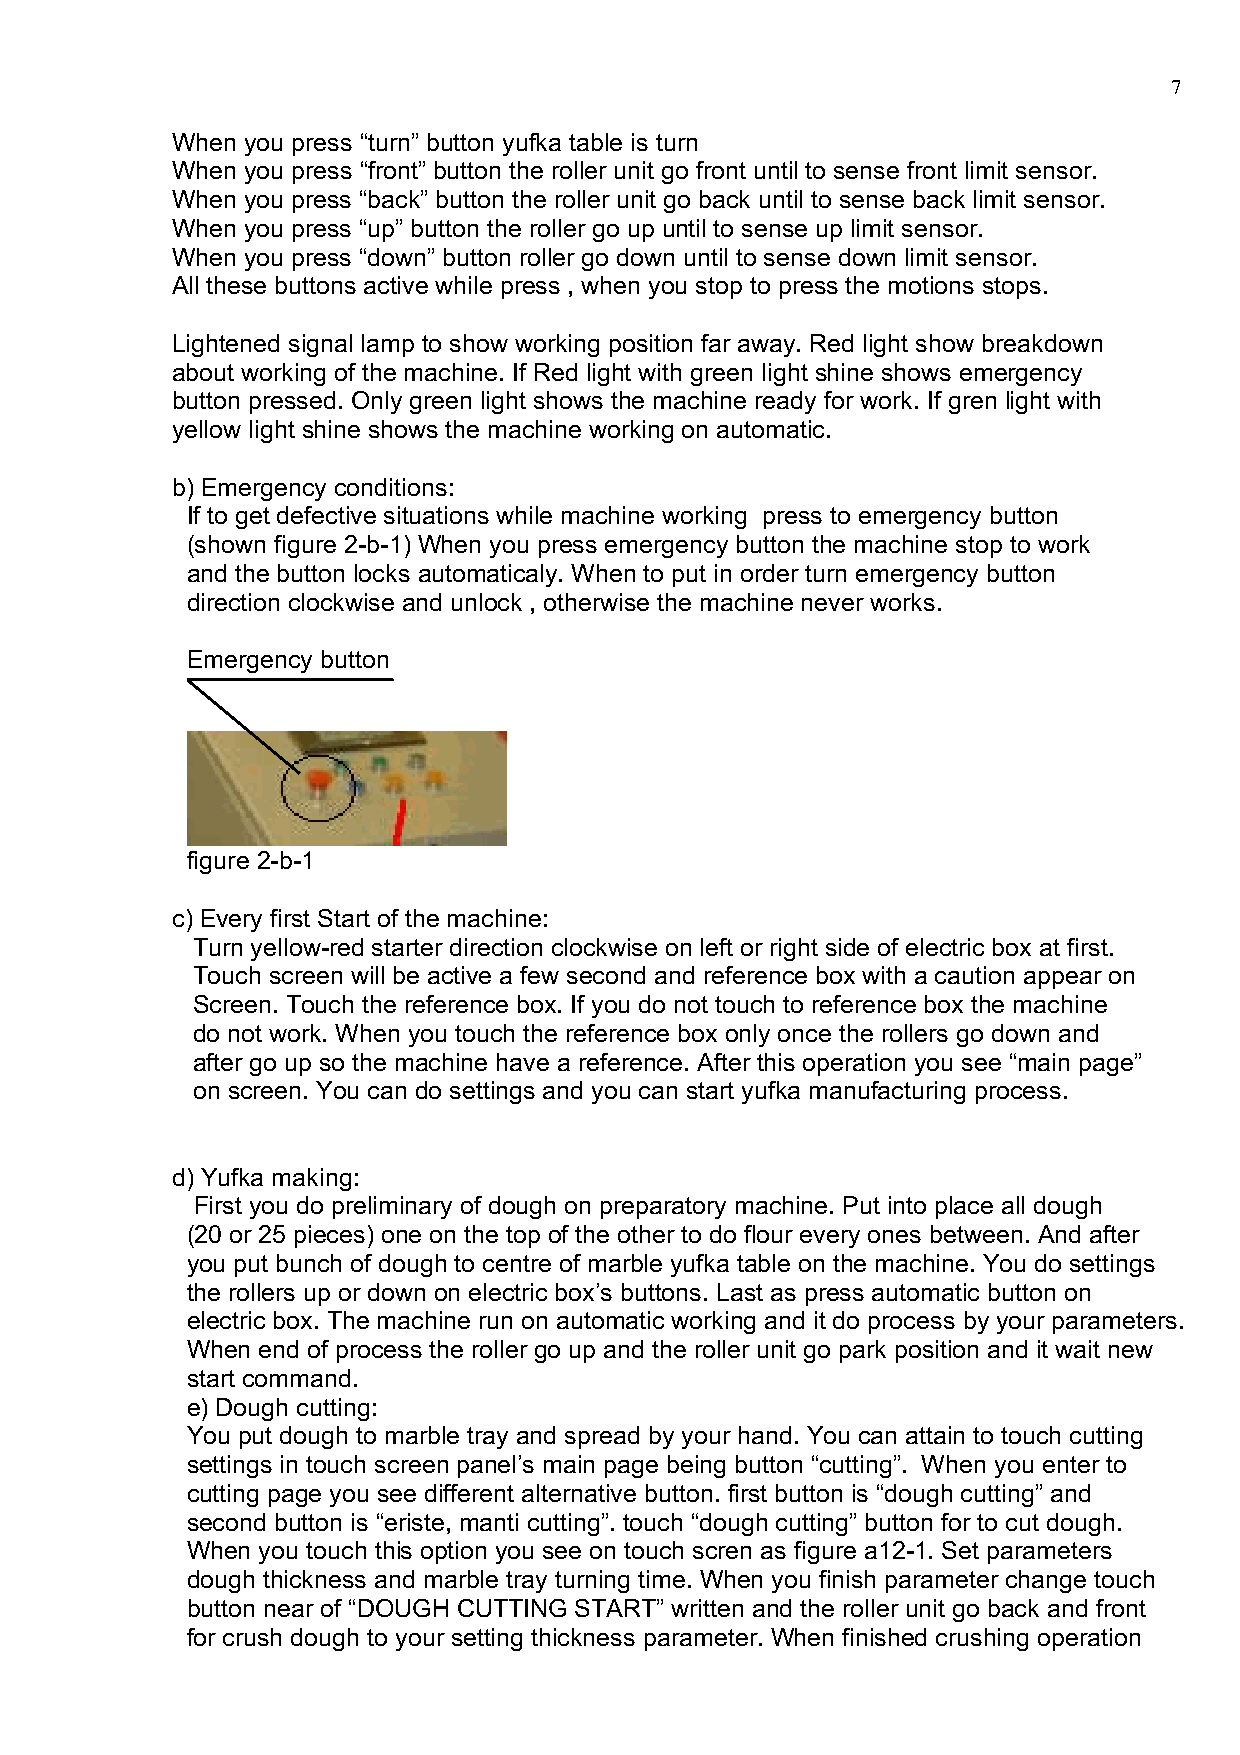
7
 When you press “turn” button yufka table is turn
 When you press “front” button the roller unit go front until to sense front limit sensor.
 When you press “back” button the roller unit go back until to sense back limit sensor.
 When you press “up” button the roller go up until to sense up limit sensor.
 When you press “down” button roller go down until to sense down limit sensor.
 All these buttons active while press , when you stop to press the motions stops.
 Lightened signal lamp to show working position far away. Red light show breakdown
 about working of the machine. If Red light with green light shine shows emergency
 button pressed. Only green light shows the machine ready for work. If gren light with
 yellow light shine shows the machine working on automatic.
 b) Emergency conditions:
 If to get defective situations while machine working press to emergency button
 (shown figure 2-b-1) When you press emergency button the machine stop to work
 and the button locks automaticaly. When to put in order turn emergency button
 direction clockwise and unlock , otherwise the machine never works.
 Emergency button
 figure 2-b-1
 c) Every first Start of the machine:
 Turn yellow-red starter direction clockwise on left or right side of electric box at first.
 Touch screen will be active a few second and reference box with a caution appear on
 Screen. Touch the reference box. If you do not touch to reference box the machine
 do not work. When you touch the reference box only once the rollers go down and
 after go up so the machine have a reference. After this operation you see “main page”
 on screen. You can do settings and you can start yufka manufacturing process.
 d) Yufka making:
 First you do preliminary of dough on preparatory machine. Put into place all dough
 (20 or 25 pieces) one on the top of the other to do flour every ones between. And after
 you put bunch of dough to centre of marble yufka table on the machine. You do settings
 the rollers up or down on electric box’s buttons. Last as press automatic button on
 electric box. The machine run on automatic working and it do process by your parameters.
 When end of process the roller go up and the roller unit go park position and it wait new
 start command.
 e) Dough cutting:
 You put dough to marble tray and spread by your hand. You can attain to touch cutting
 settings in touch screen panel’s main page being button “cutting”. When you enter to
 cutting page you see different alternative button. first button is “dough cutting” and
 second button is “eriste, manti cutting”. touch “dough cutting” button for to cut dough.
 When you touch this option you see on touch scren as figure a12-1. Set parameters
 dough thickness and marble tray turning time. When you finish parameter change touch
 button near of “DOUGH CUTTING START” written and the roller unit go back and front
 for crush dough to your setting thickness parameter. When finished crushing operation